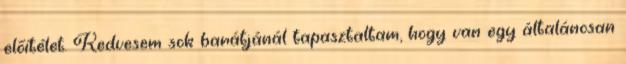
előítélet. Kedvesem sok barátjánál tapasztaltam, hogy van egy általánosan